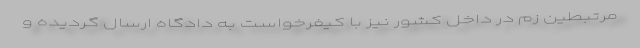
مرتبطین زم در داخل کشور نیز با کیفرخواست به دادگاه ارسال گردیده و